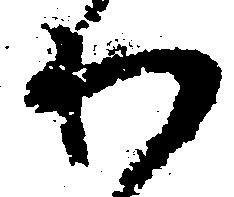
わ